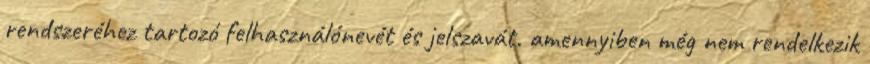
rendszeréhez tartozó felhasználónevét és jelszavát. amennyiben még nem rendelkezik